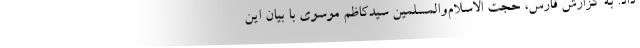
داد. به گزارش فارس، حجت الاسلام‌والمسلمین سیدکاظم موسوی با بیان این